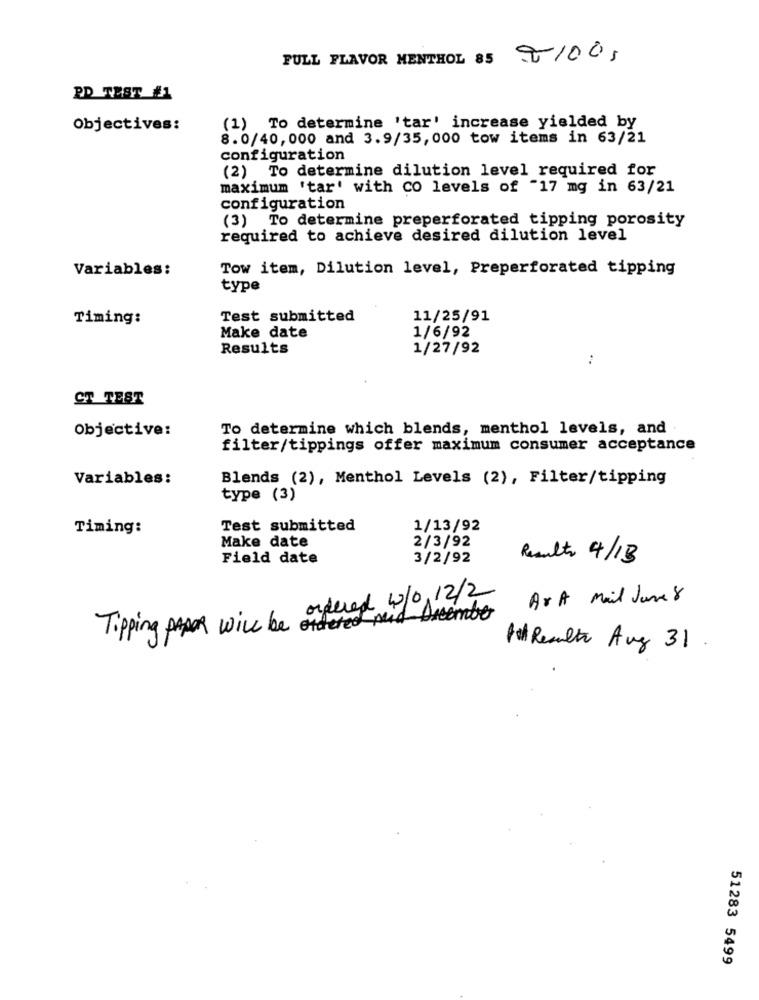
FULL FLAVOR MENTHOL 85 91005
PD_TEST_#1
Objectives:
(1) To determine 'tar' increase yielded by
8.0/40,000 and 3.9/35,000 tow items in 63/21
configuration
(2) To determine dilution level required for
maximum 'tar' with CO levels of "17 mg in 63/21
configuration
(3) To determine preperforated tipping porosity
required to achieve desired dilution level
Variables:
Tow item, Dilution level, Preperforated tipping
type
Timing:
Test submitted
11/25/91
Make date
1/6/92
Results
1/27/92
CT TEST
Objective:
To determine which blends, menthol levels, and
filter/tippings offer maximum consumer acceptance
Variables:
Blends (2), Menthol Levels (2), Filter/tipping
type (3)
Timing:
Test submitted
1/13/92
Make date
2/3/92
Field date
3/2/92
Results 4/13
ordered 4/0.12/2
Ar A Mail Jane 8
Tipping paper will be ordered mid Queember
le Resulte Avg 31 .
51283 5499